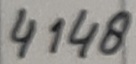
Text: 4148